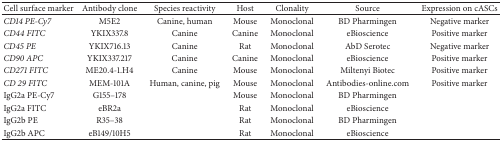
| Cell surface marker | Antibody clone | Species reactivity | Host | Clonality | Source | Expression on cASCs |
 | --- | --- | --- | --- | --- | --- | --- |
 | CD14 PE-Cy7 | M5E2 | Canine, human | Mouse | Monoclonal | BD Pharmingen | Negative marker |
 | CD44 FITC | YKIX337.8 | Canine | Canine | Monoclonal | eBioscience | Positive marker |
 | CD45 PE | YKIX716.13 | Canine | Rat | Monoclonal | AbD Serotec | Negative marker |
 | CD90 APC | YKIX337.217 | Canine | Canine | Monoclonal | eBioscience | Positive marker |
 | CD271 FITC | ME20.4-1.H4 | Canine | Mouse | Monoclonal | Miltenyi Biotec | Positive marker |
 | CD 29 FITC | MEM-101A | Human, canine, pig | Mouse | Monoclonal | Antibodies-online.com | Positive marker |
 | IgG2a PE-Cy7 | G155–178 |  | Mouse | Monoclonal | BD Pharmingen |  |
 | IgG2a FITC | eBR2a |  | Rat | Monoclonal | eBioscience |  |
 | IgG2b PE | R35–38 |  | Rat | Monoclonal | BD Pharmingen |  |
 | IgG2b APC | eB149/10H5 |  | Rat | Monoclonal | eBioscience |  |